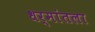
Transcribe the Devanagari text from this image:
धर्मांतला